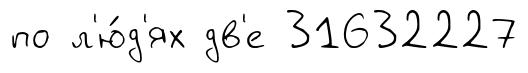
по л'ю́д'ях дв'е 31632227